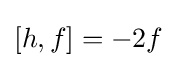
[h,f]=-2f